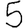
Digit: 5